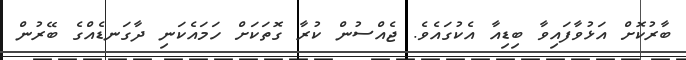
ބާރުކޮށް އަޅުވާފައިވާ ބިޑިއާ އެކުގައެވެ. ޖެއްސުން ކުރާ ގޮތަކަށް ހަމައެކަނި ދާގަނޑެއްގެ ބޭރުން